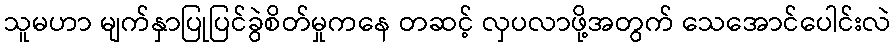
သူမဟာ မျက်နှာပြုပြင်ခွဲစိတ်မှုကနေ တဆင့် လှပလာဖို့အတွက် သေအောင်ပေါင်းလဲ